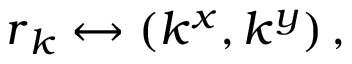
\boldsymbol { r } _ { k } \leftrightarrow ( k ^ { x } , k ^ { y } ) \, ,